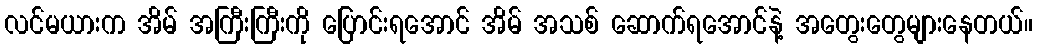
လင်မယားက အိမ် အကြီးကြီးကို ပြောင်းရအောင် အိမ် အသစ် ဆောက်ရအောင်နဲ့ အတွေးတွေများနေတယ်။